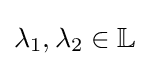
\lambda _{1},\lambda _{2}\in \mathbb {L}